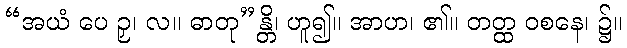
“အယံ ပေ ဉှ၊ လ။ ဓာတု”န္တိ၊ ဟူ၍။ အာဟ၊ ၏။ တတ္ထ ဝစနေ၊ ၌။